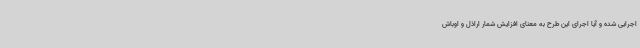
اجرایی شده و آیا اجرای این طرح به معنای افزایش شمار اراذل و اوباش